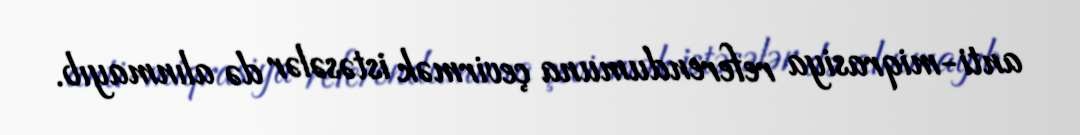
anti-miqrasiya referendumuna çevirmək istəsələr də alınmayıb.